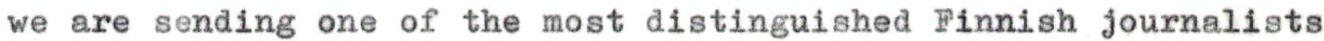
we are sending one of the most distinguished Finnish journalists